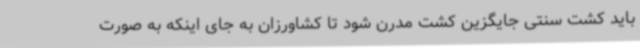
باید کشت سنتی جایگزین کشت مدرن شود تا کشاورزان به جای اینکه به صورت